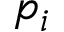
p _ { i }